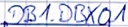
Text: DB1.DBX0.1